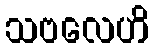
သဗလေဟိ